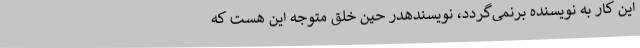
این کار به نویسنده برنمی‌گردد، نویسندهدر حین خلق متوجه این هست که